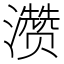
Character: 𪷽